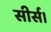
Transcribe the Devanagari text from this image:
सीर्स।